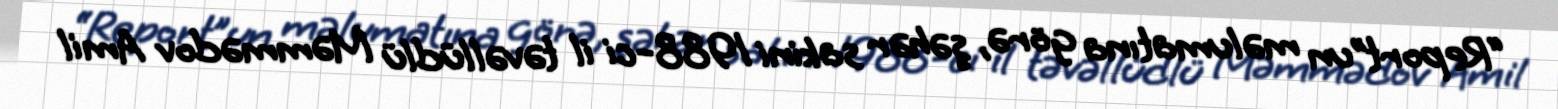
“Report”un məlumatına görə, şəhər sakini 1988-ci il təvəllüdlü Məmmədov Amil